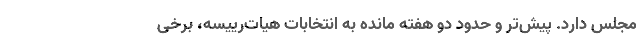
مجلس دارد. پیش‌تر و حدود دو هفته مانده به انتخابات هیات‌رییسه، برخی